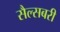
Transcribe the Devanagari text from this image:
सैल्सबरी